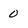
Character: 0